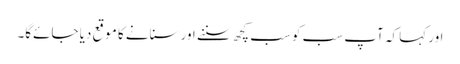
اور کہا کہ آپ سب کو سب کچھ سننے اور سنانے کا موقع دیا جائےگا۔